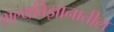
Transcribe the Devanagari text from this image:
शल्यविज्ञानातील